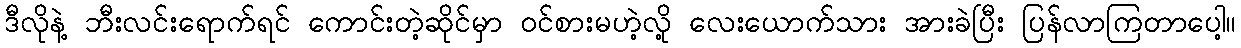
ဒီလိုနဲ့ ဘီးလင်းရောက်ရင် ကောင်းတဲ့ဆိုင်မှာ ဝင်စားမဟဲ့လို့ လေးယောက်သား အားခဲပြီး ပြန်လာကြတာပေါ့။